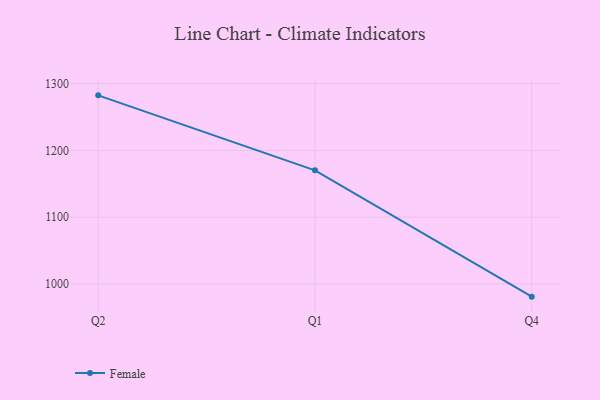
{"axis": {"x": "Quarter", "y": "Satisfaction Score"}, "legend": ["Female"], "data": [{"x": "Q2", "y": 1282.5, "type": "Female"}, {"x": "Q1", "y": 1170.1, "type": "Female"}, {"x": "Q4", "y": 980.9, "type": "Female"}]}